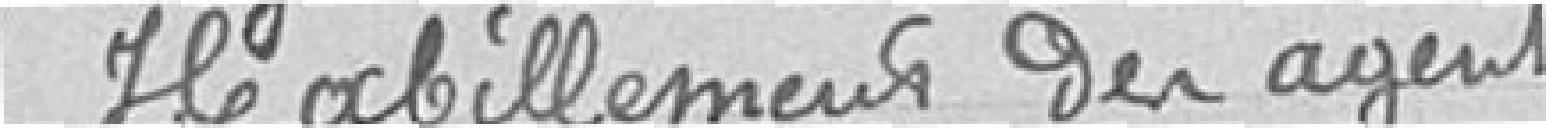
Habillements des agents